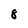
Character: 8